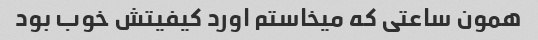
همون ساعتی که میخاستم اورد کیفیتش خوب بود